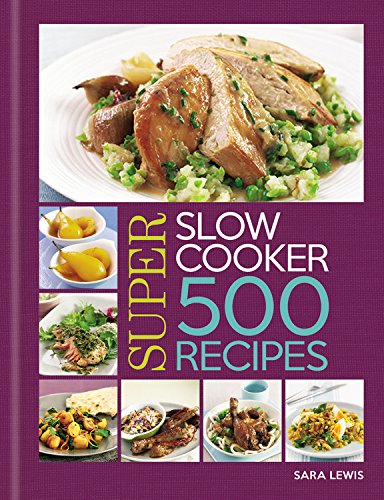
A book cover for Slow Cooker: 500 Recipes; Hamlyn; Cookbooks, Food & Wine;